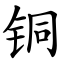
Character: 铜